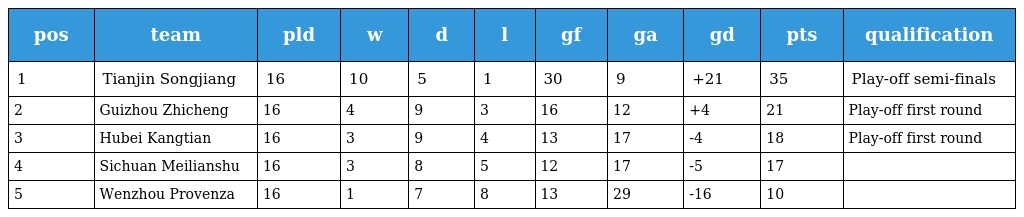
| pos | team | pld | w | d | l | gf | ga | gd | pts | qualification |
 | --- | --- | --- | --- | --- | --- | --- | --- | --- | --- | --- |
 | 1 | Tianjin Songjiang | 16 | 10 | 5 | 1 | 30 | 9 | +21 | 35 | Play-off semi-finals |
 | 2 | Guizhou Zhicheng | 16 | 4 | 9 | 3 | 16 | 12 | +4 | 21 | Play-off first round |
 | 3 | Hubei Kangtian | 16 | 3 | 9 | 4 | 13 | 17 | -4 | 18 | Play-off first round |
 | 4 | Sichuan Meilianshu | 16 | 3 | 8 | 5 | 12 | 17 | -5 | 17 |  |
 | 5 | Wenzhou Provenza | 16 | 1 | 7 | 8 | 13 | 29 | -16 | 10 |  |